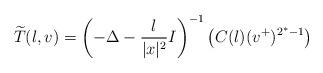
LaTeX: \begin{align*}\widetilde T(\l,v)=\left(-\Delta -\frac{\l}{|x|^2}I\right)^{-1}\left(C(\l)(v^+)^{2^*-1}\right)\end{align*}